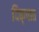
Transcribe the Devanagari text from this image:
दिक्‌पात